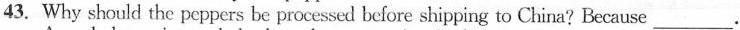
43.Why should the peppers be processed before shipping to China? Because___.